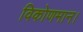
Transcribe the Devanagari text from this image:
विकोणमान।